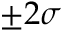
\pm 2 \sigma